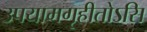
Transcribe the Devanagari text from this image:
उपयामगृहीतोऽसि